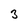
Character: 3